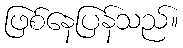
ဖြစ်နေပြန်သည်။